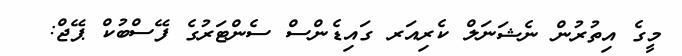
މީގެ އިތުރުން ނެޝަނަލް ކެރިއަރ ގައިޑެންސް ސެންޓަރުގެ ފޭސްބުކް ޕޭޖް: